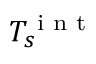
T _ { s } ^ { \textnormal { i n t } }